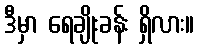
ဒီမှာ ရေချိုးခန်း ရှိလား။